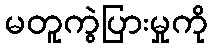
မတူကွဲပြားမှုကို